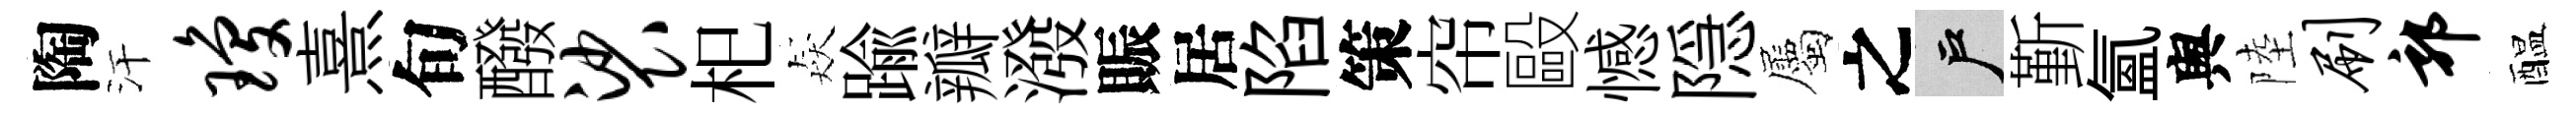
陶汗琼熹旬醱裟𣏌猋踰瓣潑賑居陷策帘毆憾隠屬之户斳氳舆陸刷郭醖